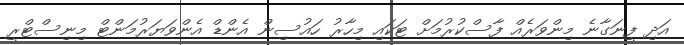
އަދި ފީނަގާނެ މިންވަރެއް ފާސްކުރުމަށް ޓަކައި މިހާރު ހައުސިން އެންޑް އެންވަޔަރުމަންޓް މިނިސްޓްރީ